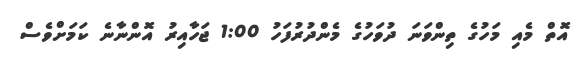
އޮތް މެއި މަހުގެ ތިންވަނަ ދުވަހުގެ މެންދުރުފަހު 1:00 ޖަހާއިރު އޮންނާނެ ކަމަށްވެސް